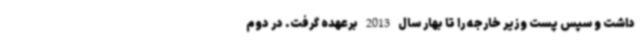
داشت و سپس پست وزیر خارجه را تا بهار سال 2013 برعهده گرفت. در دوم